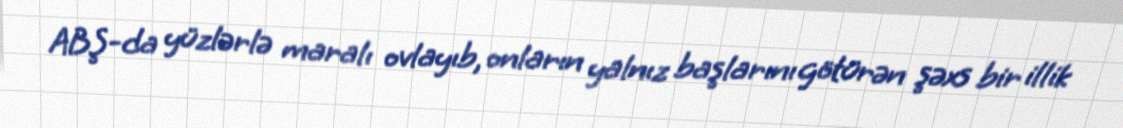
ABŞ-da yüzlərlə maralı ovlayıb, onların yalnız başlarını götürən şəxs bir illik